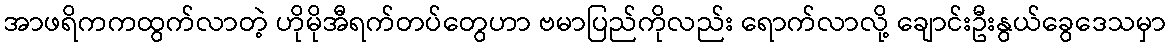
အာဖရိကကထွက်လာတဲ့ ဟိုမိုအီရက်တပ်တွေဟာ ဗမာပြည်ကိုလည်း ရောက်လာလို့ ချောင်းဦးနွယ်ခွေဒေသမှာ